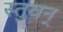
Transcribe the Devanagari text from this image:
स्तुवन्